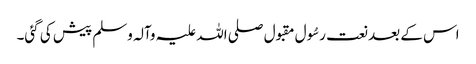
اس کے بعد نعت رسُول مقبول صلی اللہ علیہ وآلہ وسلم پیش کی گئی۔